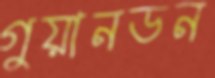
গুয়ানডন